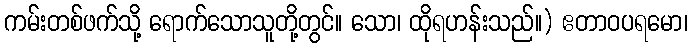
ကမ်းတစ်ဖက်သို့ ရောက်သောသူတို့တွင်။ သော၊ ထိုရဟန်းသည်။) ဧတာဝပရမော၊